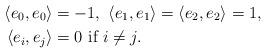
LaTeX: \begin{align*}\langle e_0,e_0\rangle&=-1,\ \langle e_1,e_1\rangle=\langle e_2,e_2\rangle=1,\\\langle e_i,e_j\rangle&=0\ \mbox{if}\ i\ne j.\end{align*}